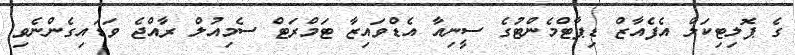
ގެ ޕޮލިޓިކަލް އެފެއާޒް ޑިޕާޓްމެންޓުގެ ސީނިއާ އެޑްވައިޒާ ޓަމްރަޓް ސެމިއުލް ރާއްޖެ ވަޑައިގެންނެވި